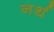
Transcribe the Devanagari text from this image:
नर्थ